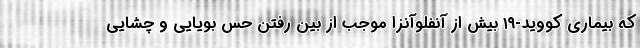
که بیماری کووید-۱۹ بیش از آنفلوآنزا موجب از بین رفتن حس بویایی و چشایی